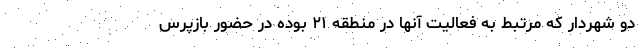
دو شهردار که مرتبط به فعالیت آنها در منطقه ۲۱ بوده در حضور بازپرس